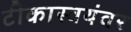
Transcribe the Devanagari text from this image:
टीकास्वयंवर